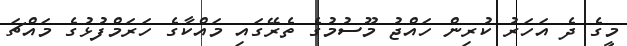
މީގެ ދެ އަހަރު ކުރިން ހައްޖު މޫސުމުގެ ތެރޭގައި މައްކާގެ ހަރަމްފުޅުގެ މައްޗަ